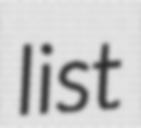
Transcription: list